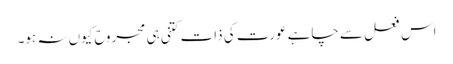
اس فعل سے چاہے عورت کی ذات کتنی ہی مجروح کیوں نہ ہو۔